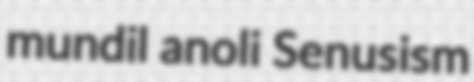
mundil anoli Senusism